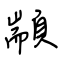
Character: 顓